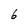
Character: 6